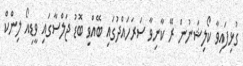
ގުޅިފައިވާ ކޯލިޝަނުން ރޭ ކާނިވާ ސަރަހައްދުގައި ބޭއްވި ބޮޑު ޖަލްސާގައި ވީޑިއޯ ލިންކް